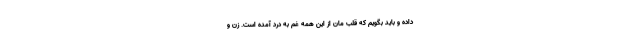
داده و باید بگویم که قلب مان از این همه غم به درد آمده است. زن‌ و